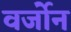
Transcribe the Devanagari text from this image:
वर्जोन